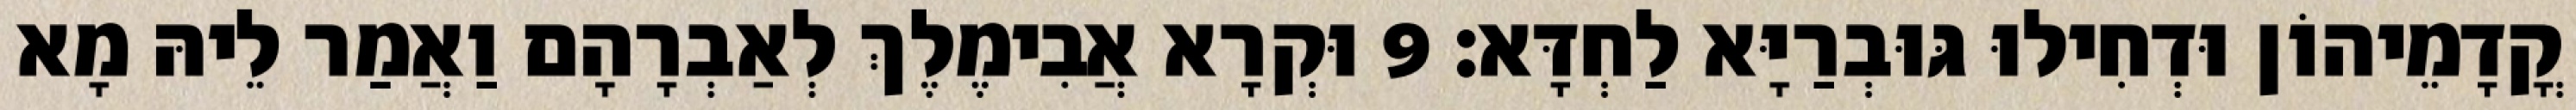
קֳדָמֵיהוֹן וּדְחִילוּ גּוּבְרַיָּא לַחְדָּא׃ 9 וּקְרָא אֲבִימֶלֶךְ לְאַבְרָהָם וַאֲמַר לֵיהּ מָא